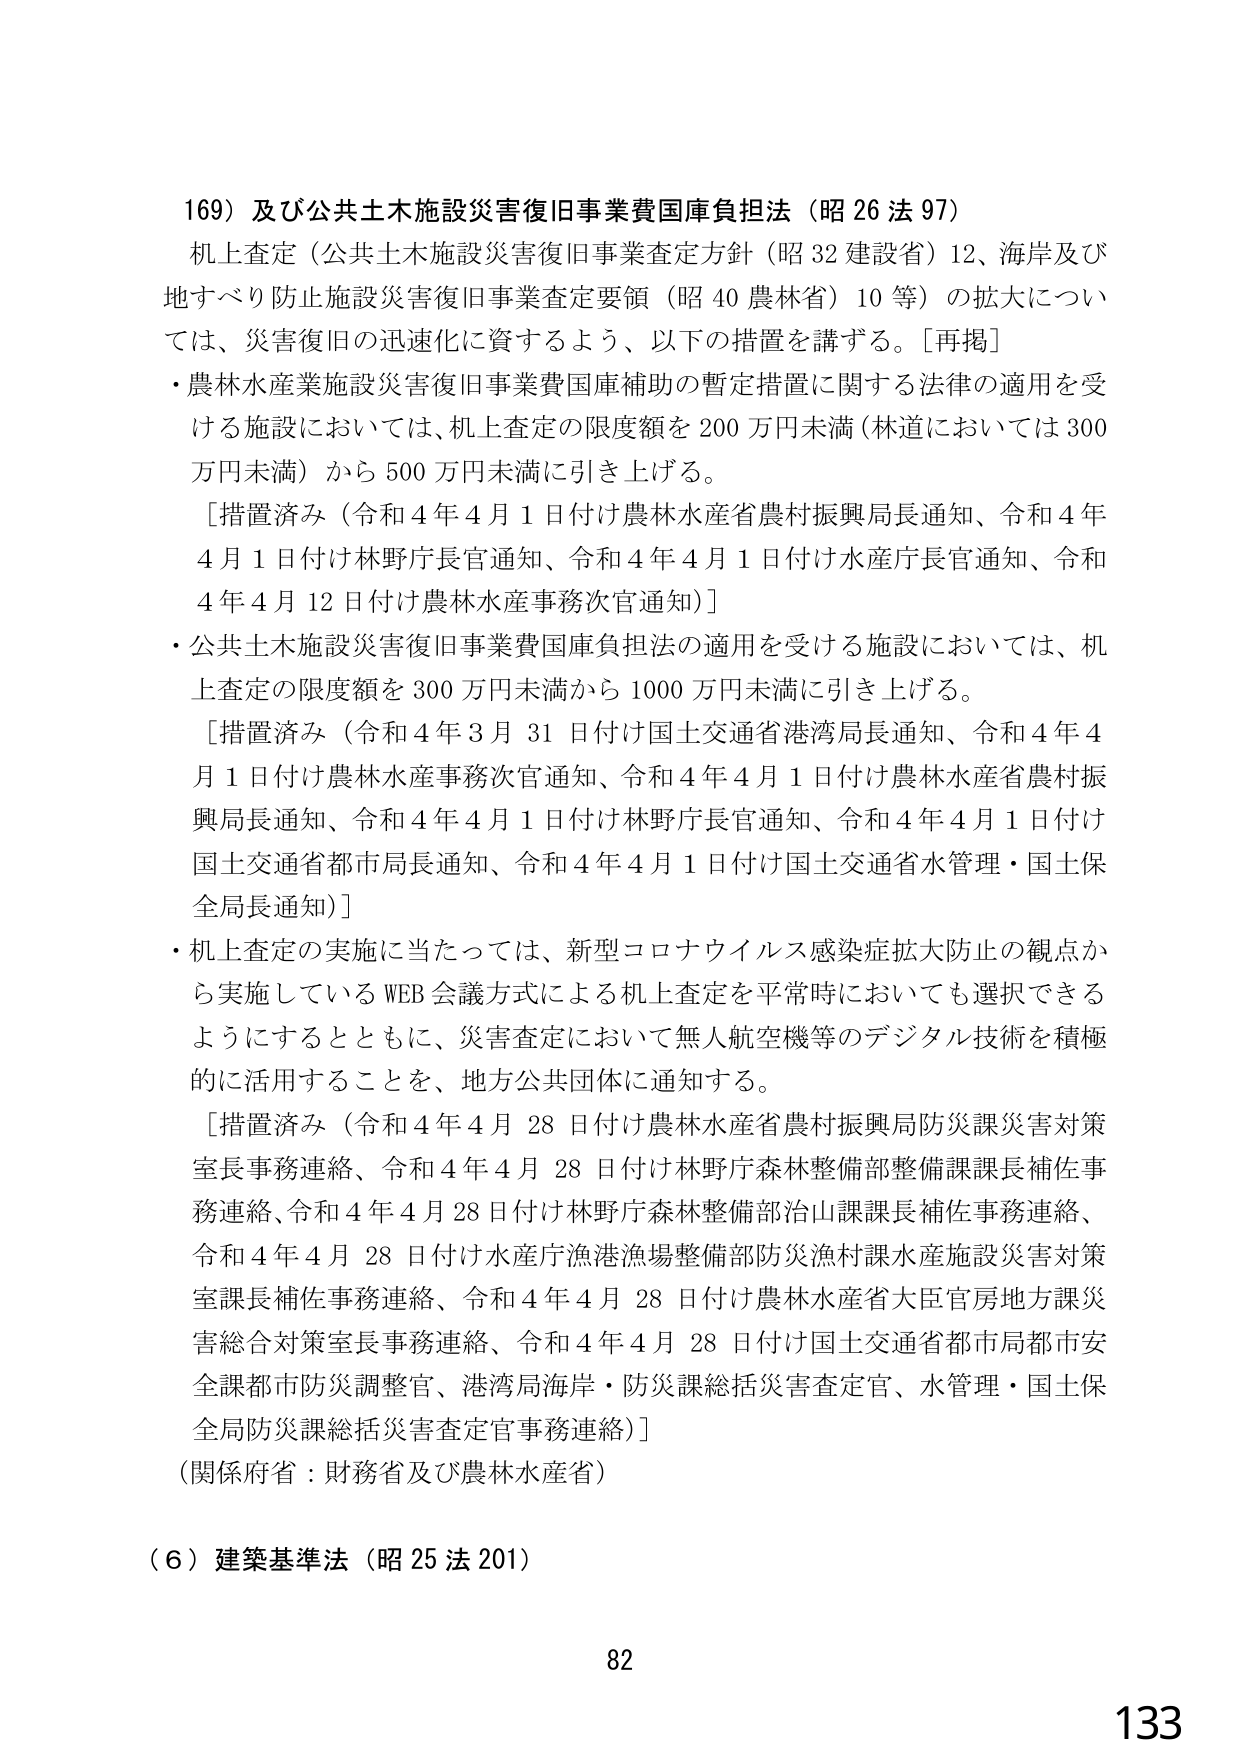
169）及び公共土木施設災害復旧事業費国庫負担法（昭26法97）
机上査定（公共土木施設災害復旧事業査定方針（昭32建設省）12、海岸及び地すべり防止施設災害復旧事業査定要領（昭40農林省）10等）の拡大については、災害復旧の迅速化に資するよう、以下の措置を講ずる。[再掲]
・農林水産業施設災害復旧事業費国庫補助の暫定措置に関する法律の適用を受ける施設においては、机上査定の限度額を200万円未満（林道においては300万円未満）から500万円未満に引き上げる。
　[措置済み（令和4年4月1日付け農林水産省農村振興局長通知、令和4年4月1日付け林野庁長官通知、令和4年4月1日付け水産庁長官通知、令和4年4月12日付け農林水産事務次官通知）]
・公共土木施設災害復旧事業費国庫負担法の適用を受ける施設においては、机上査定の限度額を300万円未満から1000万円未満に引き上げる。
　[措置済み（令和4年3月31日付け国土交通省港湾局長通知、令和4年4月1日付け農林水産事務次官通知、令和4年4月1日付け農林水産省農村振興局長通知、令和4年4月1日付け林野庁長官通知、令和4年4月1日付け国土交通省都市局長通知、令和4年4月1日付け国土交通省水管理・国土保全局長通知）]
・机上査定の実施に当たっては、新型コロナウイルス感染症拡大防止の観点から実施しているWEB会議方式による机上査定を平常時においても選択できるようにするとともに、災害査定において無人航空機等のデジタル技術を積極的に活用することを、地方公共団体に通知する。
　[措置済み（令和4年4月28日付け農林水産省農村振興局防災課災害対策室長事務連絡、令和4年4月28日付け林野庁森林整備部整備課長補佐事務連絡、令和4年4月28日付け林野庁森林整備部治山課課長補佐事務連絡、令和4年4月28日付け水産庁漁港漁場整備部防災漁村課水産施設災害対策室課長補佐事務連絡、令和4年4月28日付け農林水産省大臣官房地方課災害総合対策室長事務連絡、令和4年4月28日付け国土交通省都市局都市安全課都市防災調整官、港湾局海岸・防災課総括災害査定官、水管理・国土保全局防災課総括災害査定官事務連絡）]
（関係府省：財務省及び農林水産省）

（6）建築基準法（昭25法201）

82
133